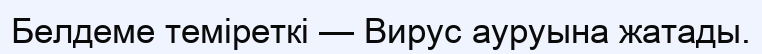
Белдеме теміреткі — Вирус ауруына жатады.